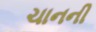
ચાનની